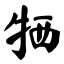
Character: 牺